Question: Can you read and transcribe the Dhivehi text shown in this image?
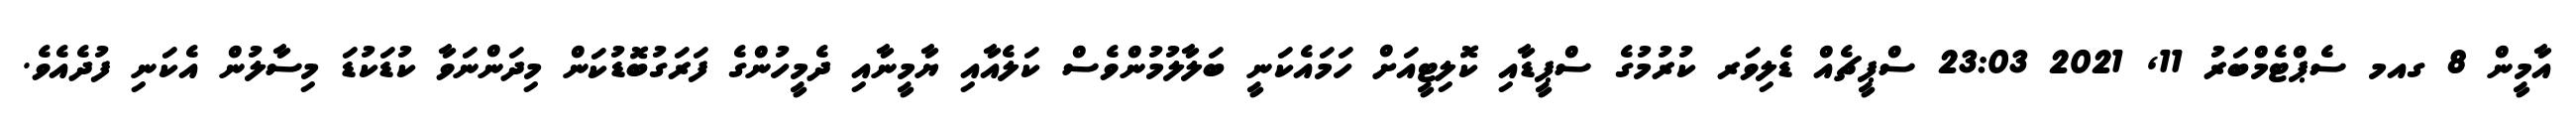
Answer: އާމީން 8 ގއމ ސެޕްޓެމްބަރު 11, 2021 23:03 ސްޕީޗެއް ޑެލިވަރ ކުރުމުގެ ސްޕީޑާއި ކޮލިޓީއަށް ހަމައެކަނީ ބަލާލުމުންވެސް ކަލެއާއި ޔާމީނާއި ދެމީހުންގެ ފަރަގުބޮޑުކަން މިދަންނަވާ ކުޑަކުޑަ މިސާލުން އެކަނި ފުދެއެވެ.